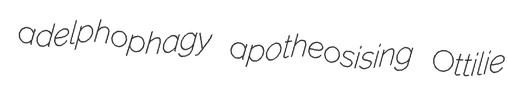
adelphophagy apotheosising Ottilie